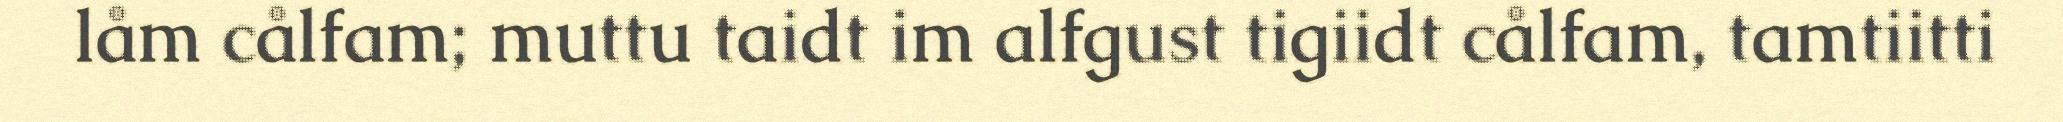
låm cålfam; muttu taidt im alfgust tigiidt cålfam, tamtiitti